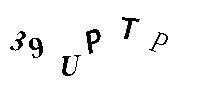
39UPTP